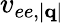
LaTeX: v_{ee,|\mathbf{q}|}